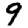
Digit: 9